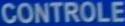
CONTROLE